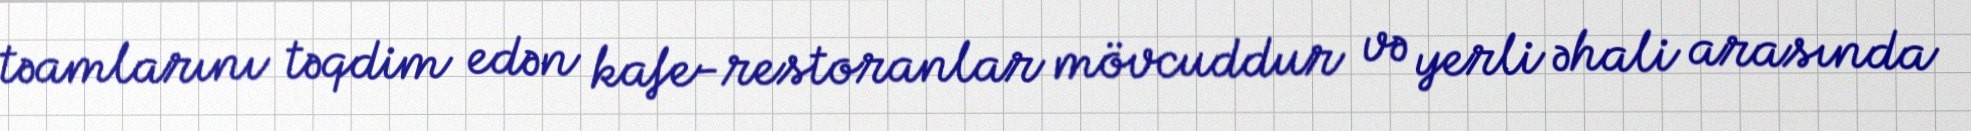
təamlarını təqdim edən kafe-restoranlar mövcuddur və yerli əhali arasında